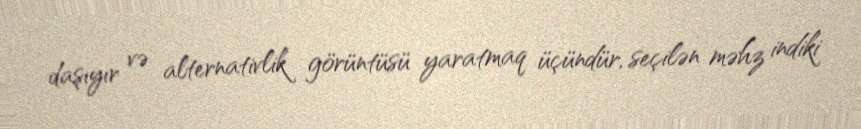
daşıyır və alternativlik görüntüsü yaratmaq üçündür, seçilən məhz indiki